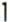
1